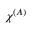
{ \chi \smash [ t ] { \mathstrut } } ^ { ( A ) }